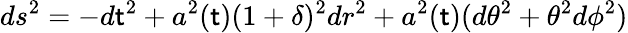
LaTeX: ds^{2}=-d\mathsf{t}^{2}+a^{2}(\mathsf{t})(1+\delta)^{2}dr^{2}+a^{2}(\mathsf{t})(d\theta^{2}+\theta^{2}d\phi^{2})